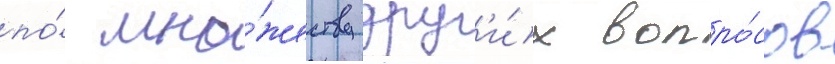
по́ мно́жеству друг'и́х вопро́сов